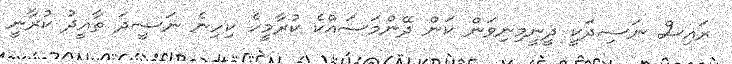
ރައިސް ނަޟިދަކީ ދީނީމިނިވަން ކަން ދޭންމަސައްކެ ކުރާމީހެ ކިހިނެ ނަޟީދަ ތާއީދު ކުރާނީ